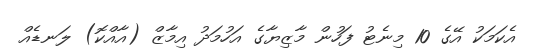
އެކަމަކު އޭގެ 10 މިނެޓު ފަހުން މާޒިޔާގެ އަހުމަދު އިމާޒް (އާއްކޮ) ލަނޑެއް